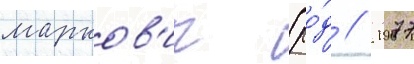
марков'ич (ро́д // 1977